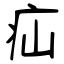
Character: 疝